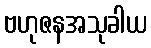
ဗဟုဇနအသုခါယ